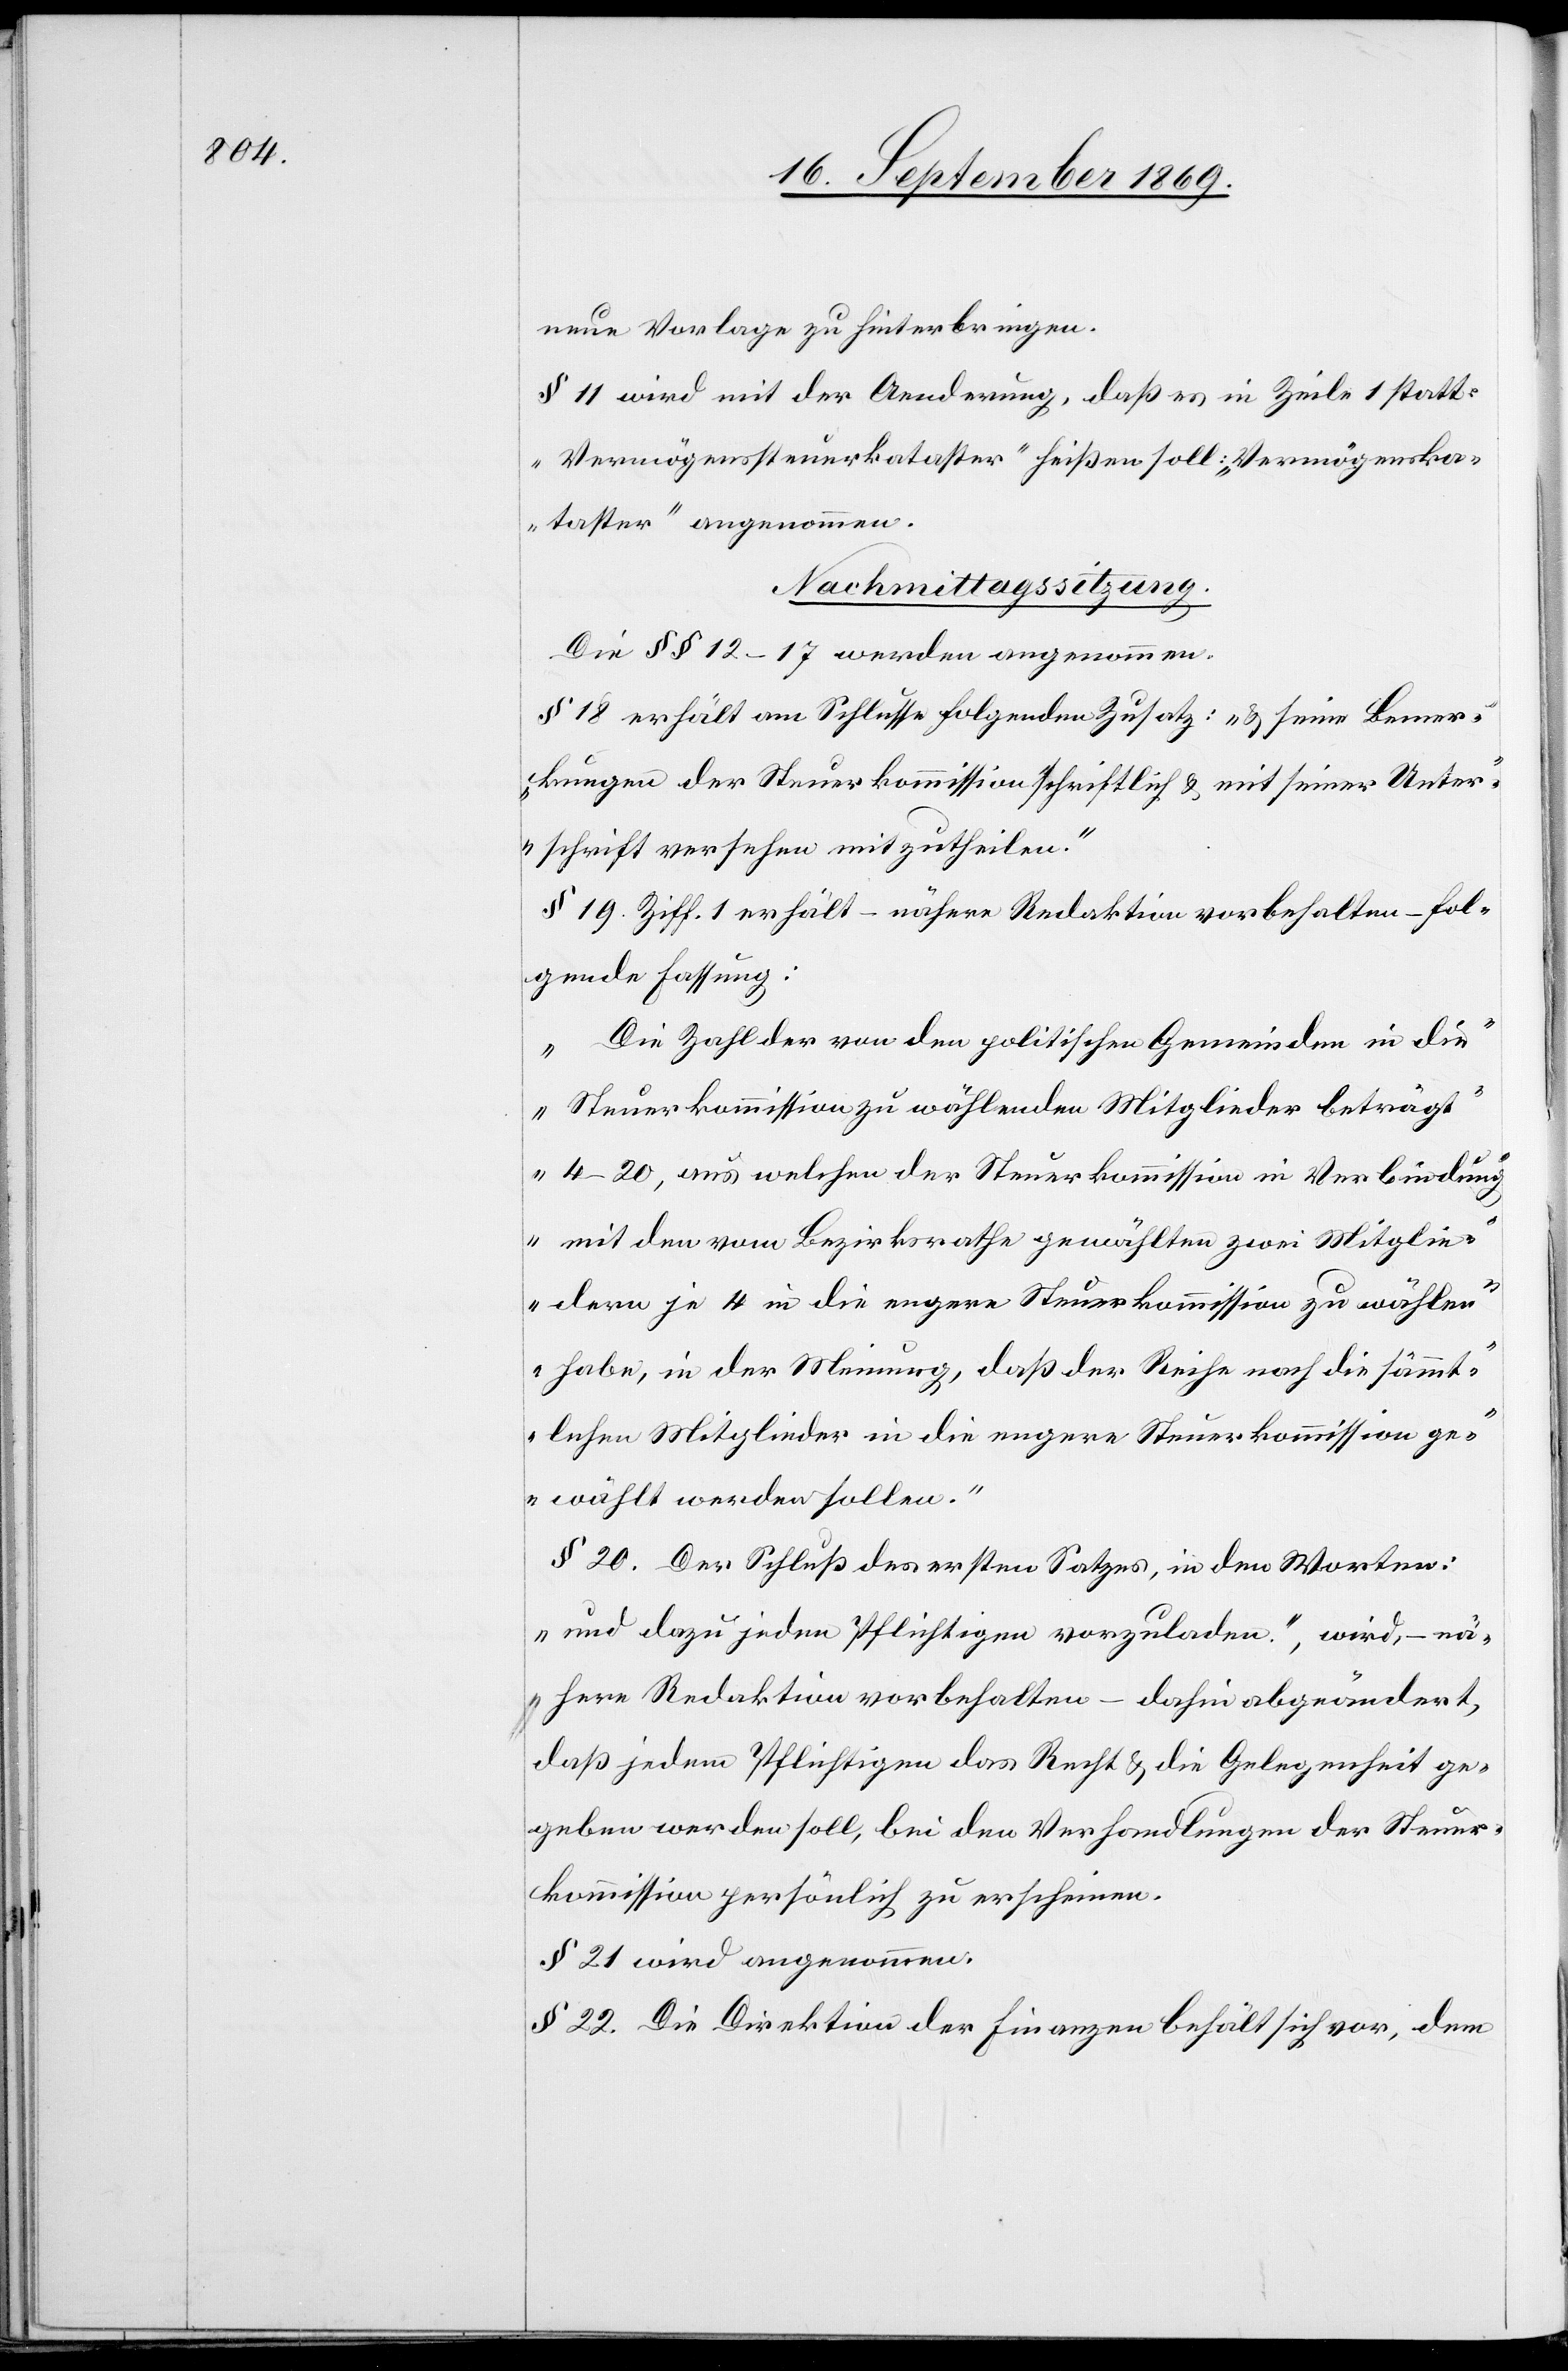
neue Vorlage zu hinterbringen.
§ 11 wird mit der Aenderung, daß es in Zeile 1 statt:
„Vermögenssteuerkataster“ heißen soll: „Vermögenska¬
taster“ angenommen.
Nachmittagssitzung.
Die §§ 12–17 werden angenommen.
§ 18 erhält am Schlusse folgenden Zusatz: „& seine Bemer¬
kungen der Steuerkommission schriftlich & mit seiner Unter¬
schrift versehen mitzutheilen.“
§ 19. Ziff. 1 erhält – nähere Redaktion vorbehalten – fol¬
gende Fassung:
„Die Zahl der von den politischen Gemeinden in die
Steuerkommission zu wählenden Mitglieder beträgt
4–20, aus welchen der Steuerkommission in Verbindung
mit den vom Bezirksrathe gewählten zwei Mitglie¬
dern je 4 in die engere Steuerkommission zu wählen
habe, in der Meinung, daß der Reihe nach die sämmt¬
lichen Mitglieder in die engere Steuerkommission ge¬
wählt werden sollen.“
§ 20. Der Schluß des ersten Satzes, in den Worten
„und dazu jeden Pflichtigen vorzuladen.“, wird, – nä¬
here Redaktion vorbehalten – dahin abgeändert,
daß jedem Pflichtigen das Recht & die Gelegenheit ge¬
geben werden soll, bei den Verhandlungen der Steuer¬
kommission persönlich zu erscheinen.
§ 21 wird angenommen.
§ 22. Die Direktion der Finanzen behält sich vor, dem